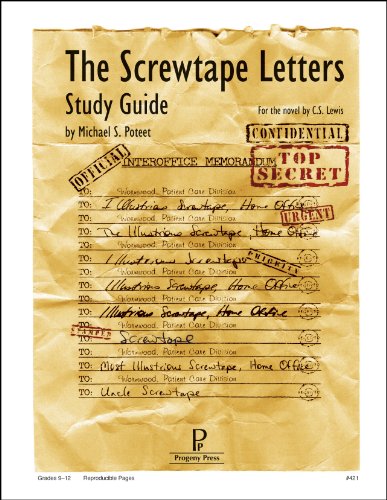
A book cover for The Screwtape Letters Study Guide; Michael S. Poteet; Christian Books & Bibles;